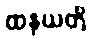
ထနယတိ